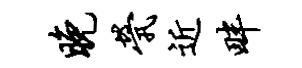
晚茕近畔